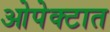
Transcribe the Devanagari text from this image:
ओपेक्टात